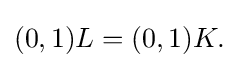
{\textstyle (0,1)L=(0,1)K.}